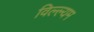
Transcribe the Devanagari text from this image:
विल्ल्यम